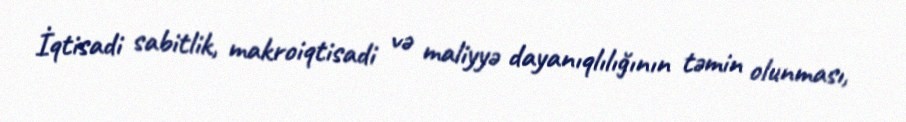
İqtisadi sabitlik, makroiqtisadi və maliyyə dayanıqlılığının təmin olunması,